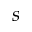
s